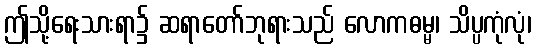
ဤသို့ရေးသားရာ၌ ဆရာတော်ဘုရားသည် လောကဓမ္မ၊ သိပ္ပကုံလုံ၊